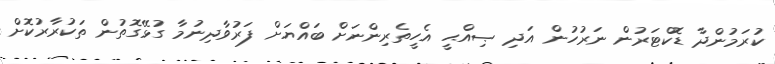
ކުރަމުންދާ ޑޮކްޓަރުން ނަރުހުން އަދި ޞިއްޙީ އެހީތެރިންނަށް ބައްޔަށް ފަރުވާދިނުމާ ގުޅޭގޮތުން ތަކުރާރުކޮށް